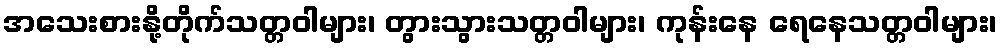
အသေးစားနို့တိုက်သတ္တဝါများ၊ တွားသွားသတ္တဝါများ၊ ကုန်းနေ ရေနေသတ္တဝါများ၊